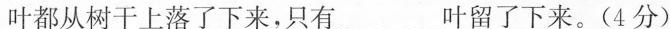
叶都从树干上落了下来，只有___叶留了下来。(4分)